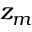
z _ { m }